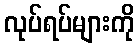
လုပ်ရပ်များကို